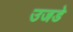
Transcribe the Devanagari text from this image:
उजडे